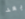
بعد